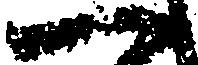
一